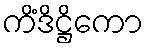
ကိံဒိဋ္ဌိကော